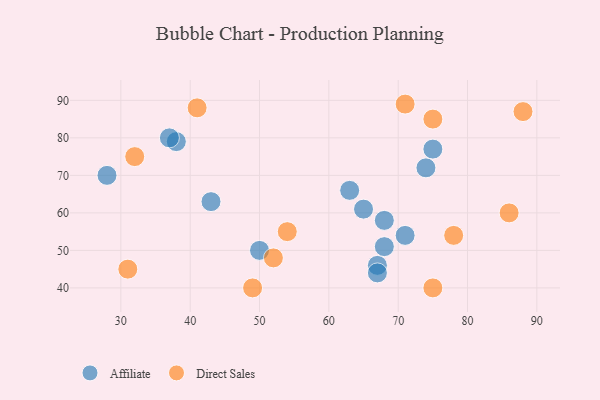
{"axis": {"x": "GDP", "y": "Life Expectancy"}, "legend": ["Affiliate", "Direct Sales"], "data": [{"x": "67", "y": 46, "type": "Affiliate"}, {"x": "38", "y": 79, "type": "Affiliate"}, {"x": "28", "y": 70, "type": "Affiliate"}, {"x": "68", "y": 58, "type": "Affiliate"}, {"x": "37", "y": 80, "type": "Affiliate"}, {"x": "75", "y": 77, "type": "Affiliate"}, {"x": "65", "y": 61, "type": "Affiliate"}, {"x": "63", "y": 66, "type": "Affiliate"}, {"x": "68", "y": 51, "type": "Affiliate"}, {"x": "71", "y": 54, "type": "Affiliate"}, {"x": "67", "y": 44, "type": "Affiliate"}, {"x": "50", "y": 50, "type": "Affiliate"}, {"x": "74", "y": 72, "type": "Affiliate"}, {"x": "43", "y": 63, "type": "Affiliate"}, {"x": "41", "y": 88, "type": "Direct Sales"}, {"x": "49", "y": 40, "type": "Direct Sales"}, {"x": "75", "y": 85, "type": "Direct Sales"}, {"x": "54", "y": 55, "type": "Direct Sales"}, {"x": "31", "y": 45, "type": "Direct Sales"}, {"x": "75", "y": 40, "type": "Direct Sales"}, {"x": "32", "y": 75, "type": "Direct Sales"}, {"x": "78", "y": 54, "type": "Direct Sales"}, {"x": "88", "y": 87, "type": "Direct Sales"}, {"x": "86", "y": 60, "type": "Direct Sales"}, {"x": "71", "y": 89, "type": "Direct Sales"}, {"x": "52", "y": 48, "type": "Direct Sales"}]}